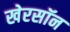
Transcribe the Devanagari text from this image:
खेरसॉन